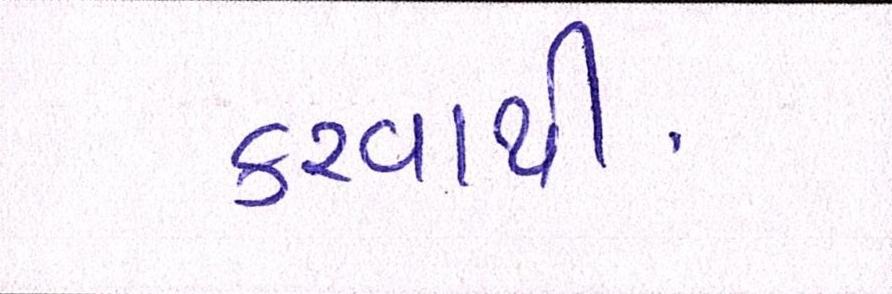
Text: કરવાથી